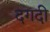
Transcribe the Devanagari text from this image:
दगदी